Kaarli_(Someru)_vallavalitsus, lk 20
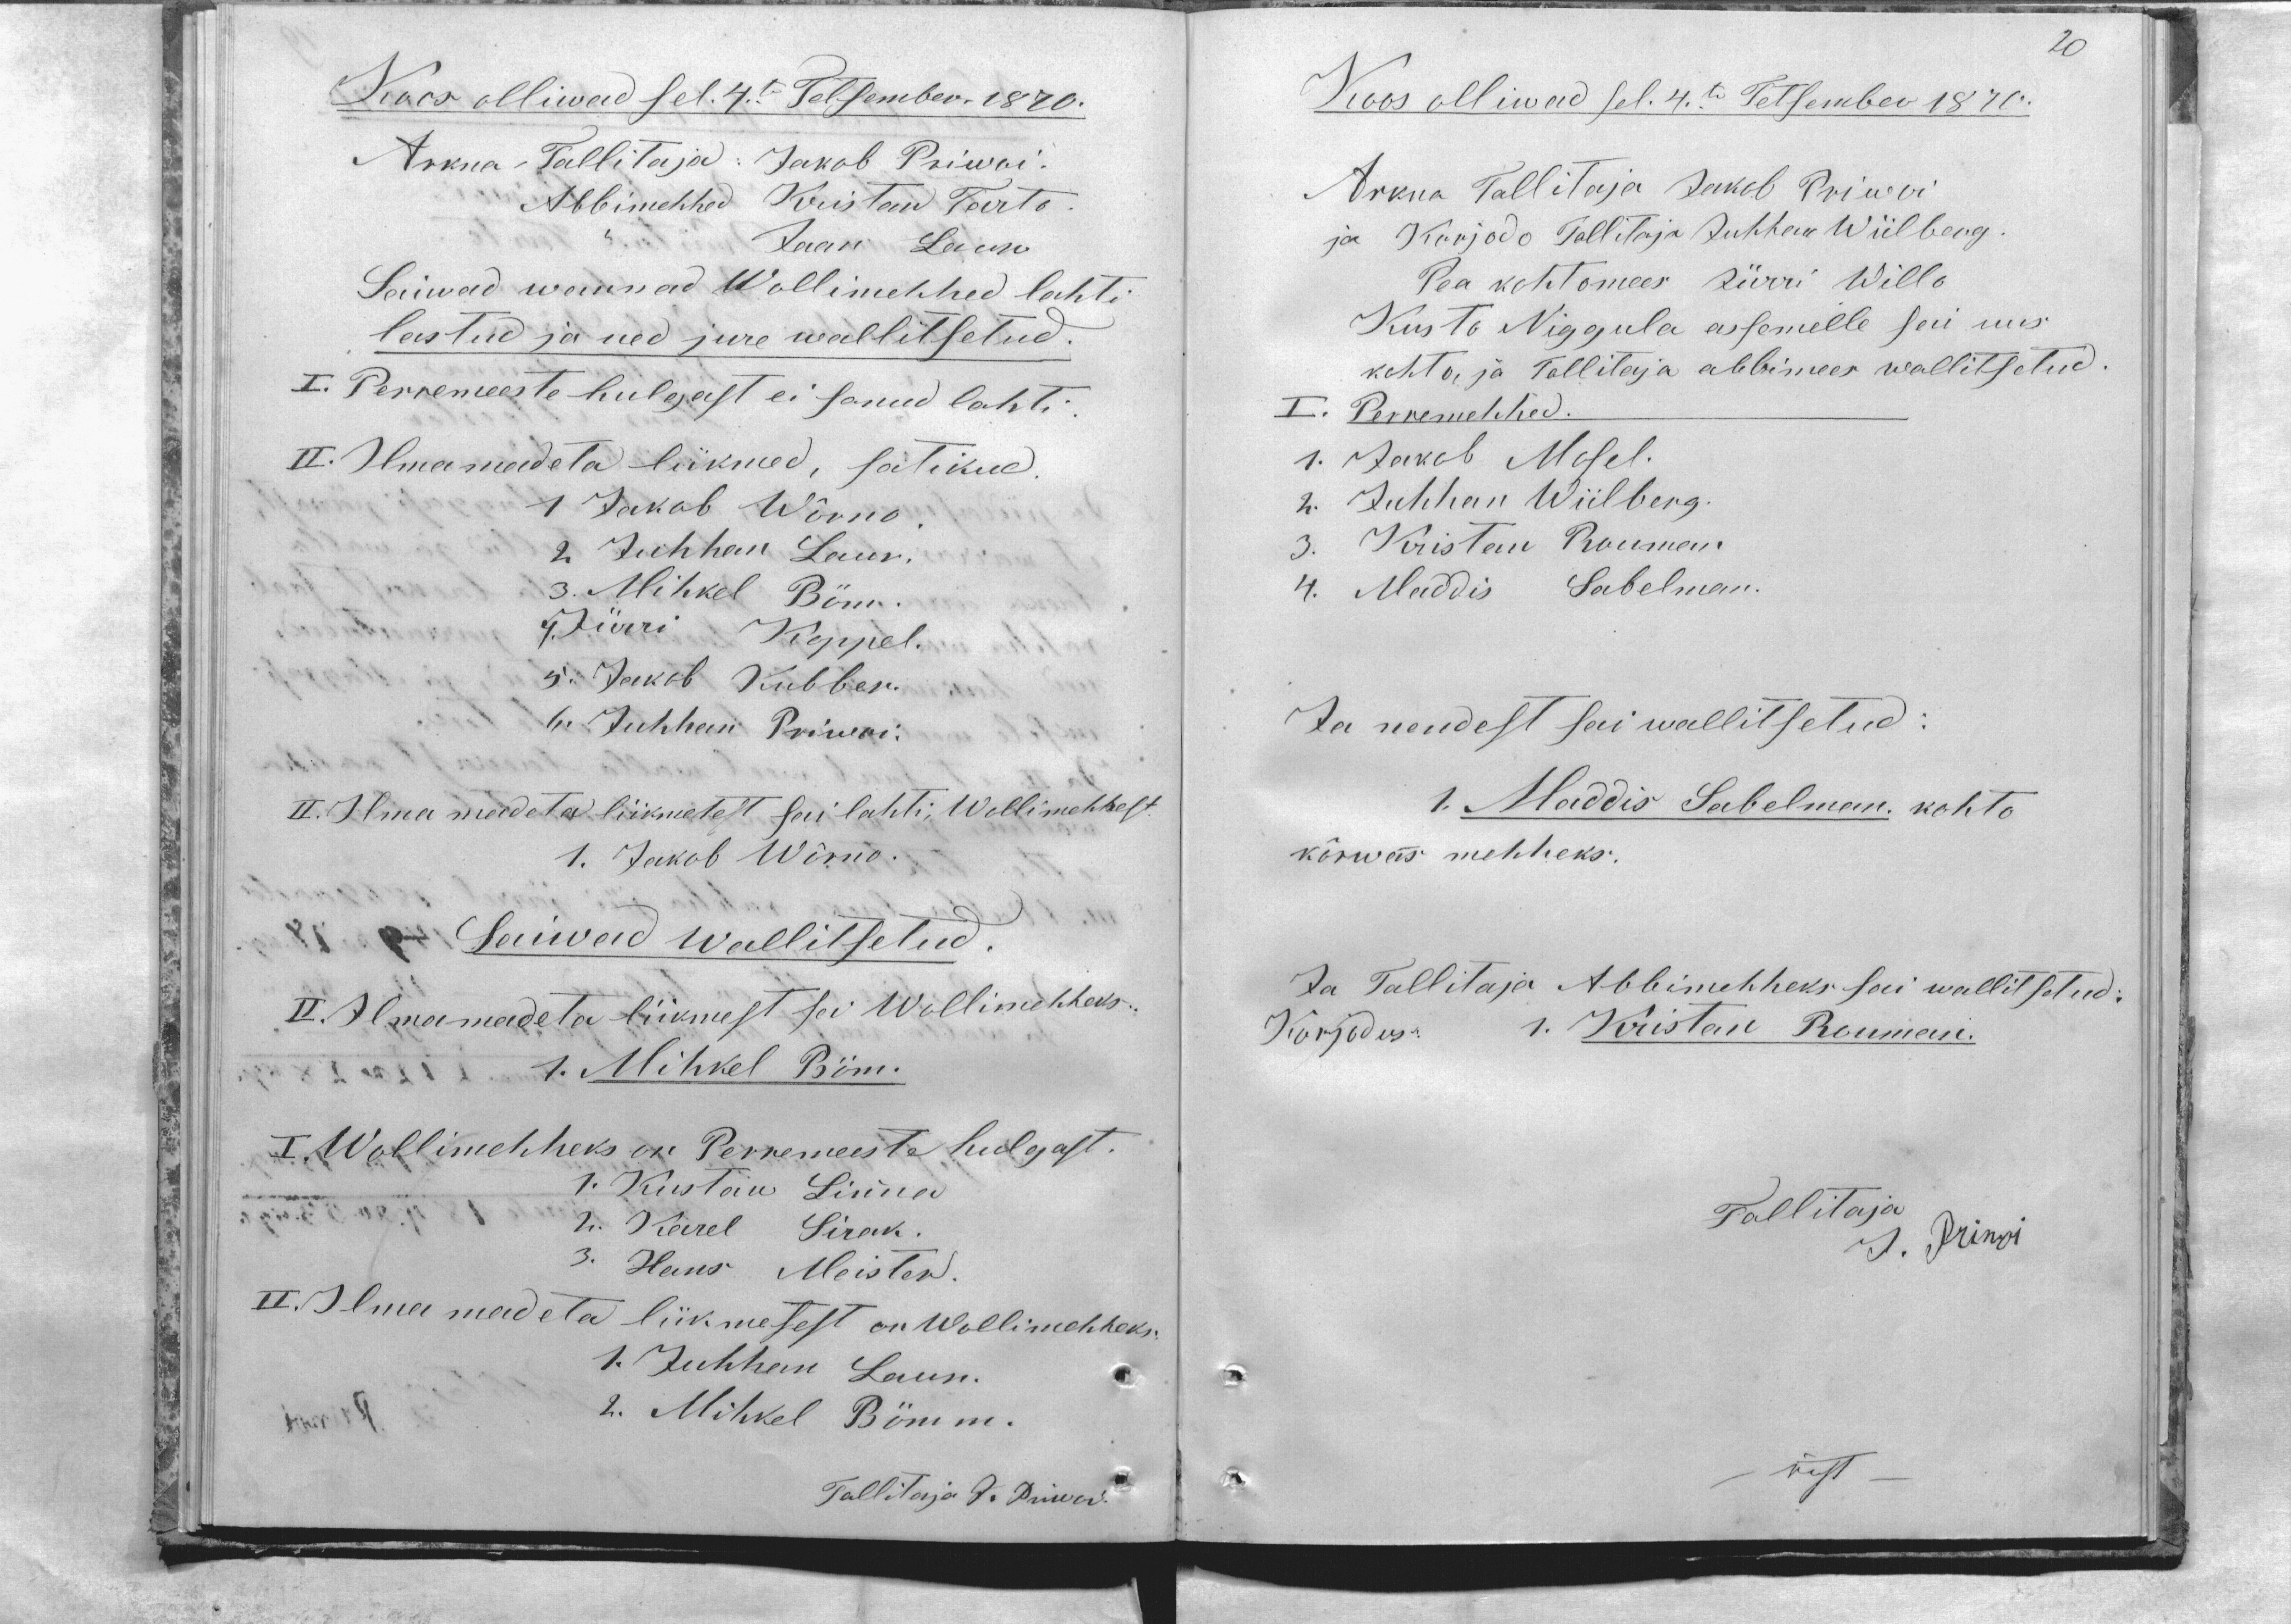
Koos olliwad sel 4.te Tetsember 1870.
Arkna Tallitaja: Jakob Priwoi.
Abbimehhed Kristan Tarto.
,, Jaan Laur
Saiwad wannad Wollimehhed lahti
lastud ja ued jure wallitsetud.
I. Perremeeste hulgast ei sanud lahti.
II. Ilma madeta liikmed, satikud.
1 Jakob Wõrno.
2 Juhhan Laur.
3. Mihkel Böm.
4. Jürri Koppel.
5. Jakob Kubber.
6. Juhhan Priwoi.
II. Ilma madeta liikmetest sai lahti, Wollimehhest.
1. Jakob Wõrno.
Saiwad wallitsetud.
II. Ilma madeta liikmest sai Wollimehheks:
1. Mihkel Böm.
I. Wollimehheks on Perremeeste hulgast.
1. Kustaw Linna
2. Karel Sirak.
3. Hans Meister.
II. Ilma madeta liikmetest on Wollimehheks:
1. Juhhan Laur.
2. Mihkel Bömm.
Tallitaja J. Priwoi.

20
Koos olliwad sel. 4.te Tetsember 1870.
Arkna Tallitaja Jakob Priwoi
ja Korjodo Tallitaja Juhhan Wiilberg.
Pea kohtomees Jürri Willo
Kusto Niggula assemelle sai uus
kohto ja Tallitaja abbimees wallitsetud.
I. Perremehhed.
1. Jakob Mosel.
2. Juhhan Wiilberg.
3. Kristan Rouman.
4. Maddis Sabelman.
Ja nendest sai wallitsetud:
1. Maddis Sabelman. kohto
kõrwas mehheks.
Ja Tallitaja Abbimehheks sai wallitsetud:
Korjodus: 1. Kristan Rouman.
Tallitaja
J. Priwoi